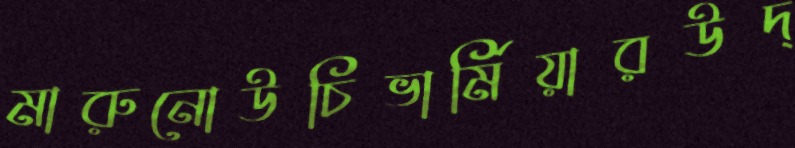
মারুনোউচিভার্মিয়ারউদ্